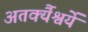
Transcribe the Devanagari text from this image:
अतर्क्यैश्वर्ये